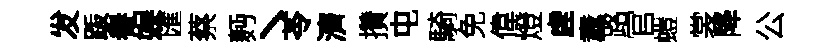
发䟦譽娱匯蔡麪丶苓濟攢屯騎免偉燈虗纛路官螘裳降公